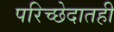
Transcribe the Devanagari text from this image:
परिच्छेदातही